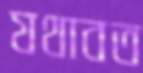
যথাবত